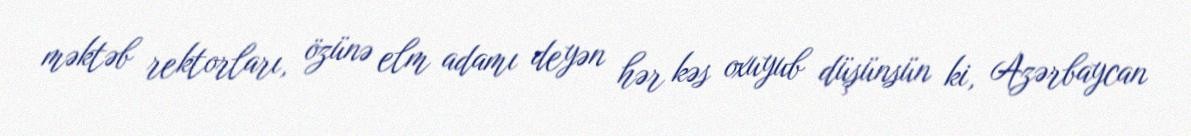
məktəb rektorları, özünə elm adamı deyən hər kəs oxuyub düşünsün ki, Azərbaycan